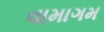
વામાગમ